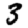
Digit: 3